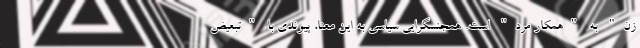
زن" به "همکار مرد" است. همجنسگرایی سیاسی به این معنا، پیوندی با "تبعیض